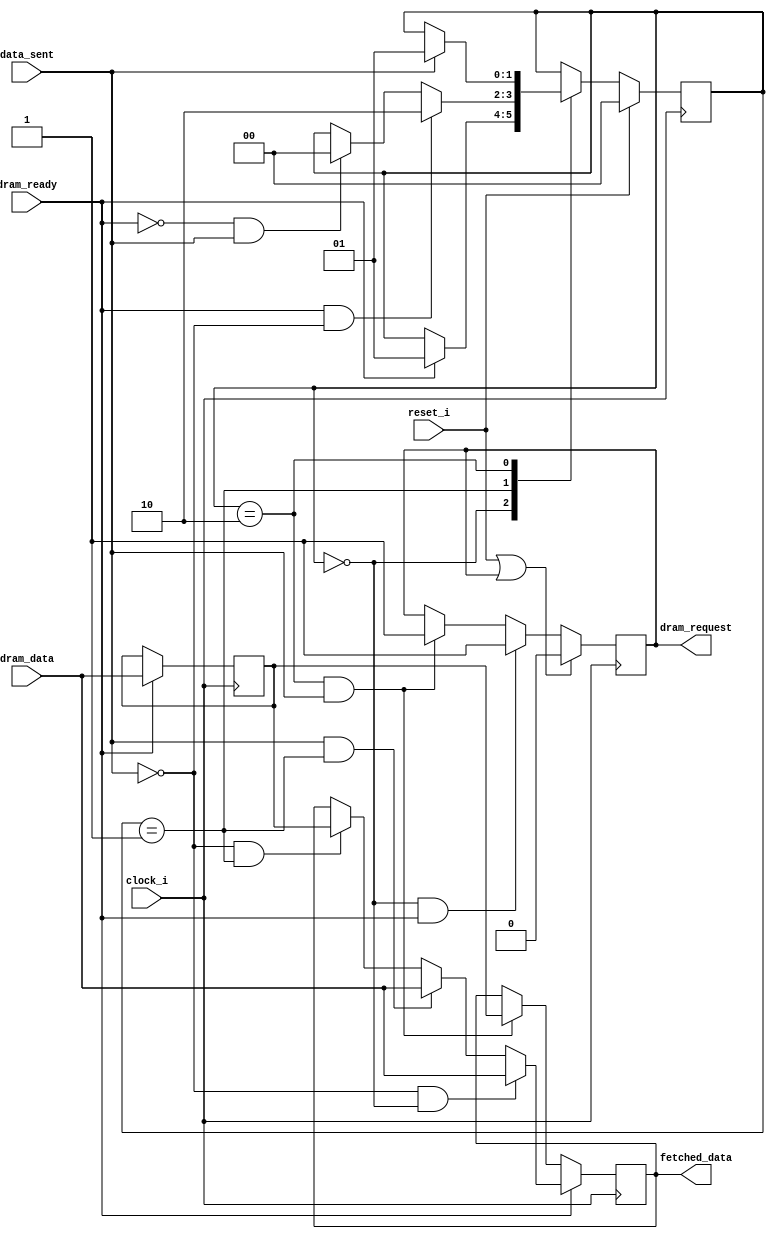
`timescale 1ns/100ps
/*
 * Module      : verilog/acquire/dram_prefetch.v
 * Copyright   : (C) Tim Molteno     2016
 *             : (C) Max Scheel      2016
 *             : (C) Patrick Suggate 2016
 * License     : LGPL3
 * 
 * Maintainer  : Patrick Suggate <patrick.suggate@gmail.com>
 * Stability   : Experimental
 * Portability : only tested with a Papilio board (Xilinx Spartan VI)
 * 
 * 
 * This file is part of TART.
 * 
 * TART is free software: you can redistribute it and/or modify it under the
 * terms of the GNU Lesser Public License as published by the Free Software
 * Foundation, either version 3 of the License, or (at your option) any later
 * version.
 * 
 * TART is distributed in the hope that it will be useful, but WITHOUT ANY
 * WARRANTY; without even the implied warranty of MERCHANTABILITY or FITNESS
 * FOR A PARTICULAR PURPOSE.  See the GNU Lesser Public License for more
 * details.
 * 
 * You should have received a copy of the GNU Lesser Public License along with
 * TART.  If not, see <http://www.gnu.org/licenses/>.
 * 
 * 
 * Description:
 * Prefetches streaming data from the SDRAM controller.
 * 
 * TODO:
 * 
 */

// Data prefetcher states.
`define PRE_EMPTY 2'h0
`define PRE_WORD1 2'h1
`define PRE_WORD2 2'h2
   
module dram_prefetch
  #( parameter WIDTH = 24,
     parameter MSB   = WIDTH-1,
     parameter DELAY = 3)
   ( // DRAM and bus clock
     input              clock_i,
     input              reset_i,

     // Streaming data interface
     // NOTE: Doesn't need to initiate transfers, but data is valid whenever
     //   `data_ready` is asserted.
     input              dram_ready,
     output reg         dram_request = 1'b0,
     input [MSB:0]      dram_data,
     input              data_sent,
     output reg [MSB:0] fetched_data = {WIDTH{1'b0}}
     );

   //-------------------------------------------------------------------------
   //  
   //  Data prefetch (from SDRAM) logic.
   //  
   //-------------------------------------------------------------------------
   reg [23:0] prefetch_data = 24'b0;
   reg [1:0]  pre_state = `PRE_EMPTY;

   // Data-prefetch state machine.
   // NOTE: There should never be more than two words being stored or fetched.
   always @(posedge clock_i)
     if (reset_i)
       pre_state <= `PRE_EMPTY;
     else
       case (pre_state)
         `PRE_EMPTY: pre_state <= dram_ready ? `PRE_WORD1 : pre_state ;
         `PRE_WORD1: pre_state <= dram_ready && !data_sent ? `PRE_WORD2 :
                                  !dram_ready && data_sent ? `PRE_EMPTY : pre_state ;
         `PRE_WORD2: pre_state <= data_sent  ? `PRE_WORD1 : pre_state ;
       endcase // case (pre_state)

   always @(posedge clock_i)
     if (dram_ready) begin
        if (!data_sent && pre_state == `PRE_EMPTY)
          fetched_data <= dram_data;
        else if (data_sent && pre_state == `PRE_WORD1)
          fetched_data <= dram_data;
        else if (!data_sent && pre_state == `PRE_WORD1)
          fetched_data <= prefetch_data;
`ifdef __icarus
        else
          $error ("%5t: data arrived while in an incompatible state.", $time);
`endif
     end
     else if (data_sent && pre_state == `PRE_WORD2)
       fetched_data <= prefetch_data;

   always @(posedge clock_i)
     if (dram_ready)
       prefetch_data <= dram_data;

   always @(posedge clock_i)
     if (reset_i || dram_request)
       dram_request <= 0;
     else if (pre_state == `PRE_EMPTY && dram_ready)
       dram_request <= 1;
     else if (pre_state == `PRE_WORD2 && data_sent)
       dram_request <= 1;


endmodule // dram_prefetch